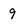
Character: 9